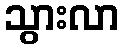
သွားလာ